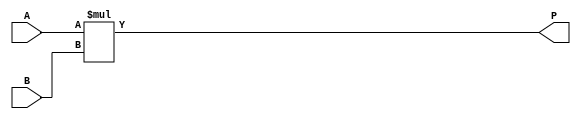
module ParameterizedMultiplier #(
    parameter A_width = 8,  // Width of input A
    parameter B_width = 8,  // Width of input B
    parameter P_width = A_width + B_width // Width of output P
)(
    input  wire [A_width-1:0] A, // Input operand A
    input  wire [B_width-1:0] B, // Input operand B
    output reg  [P_width-1:0] P   // Output product P
);

// Behavioral description of multiplication
always @(*) begin
    P = A * B; // Perform multiplication
end

endmodule